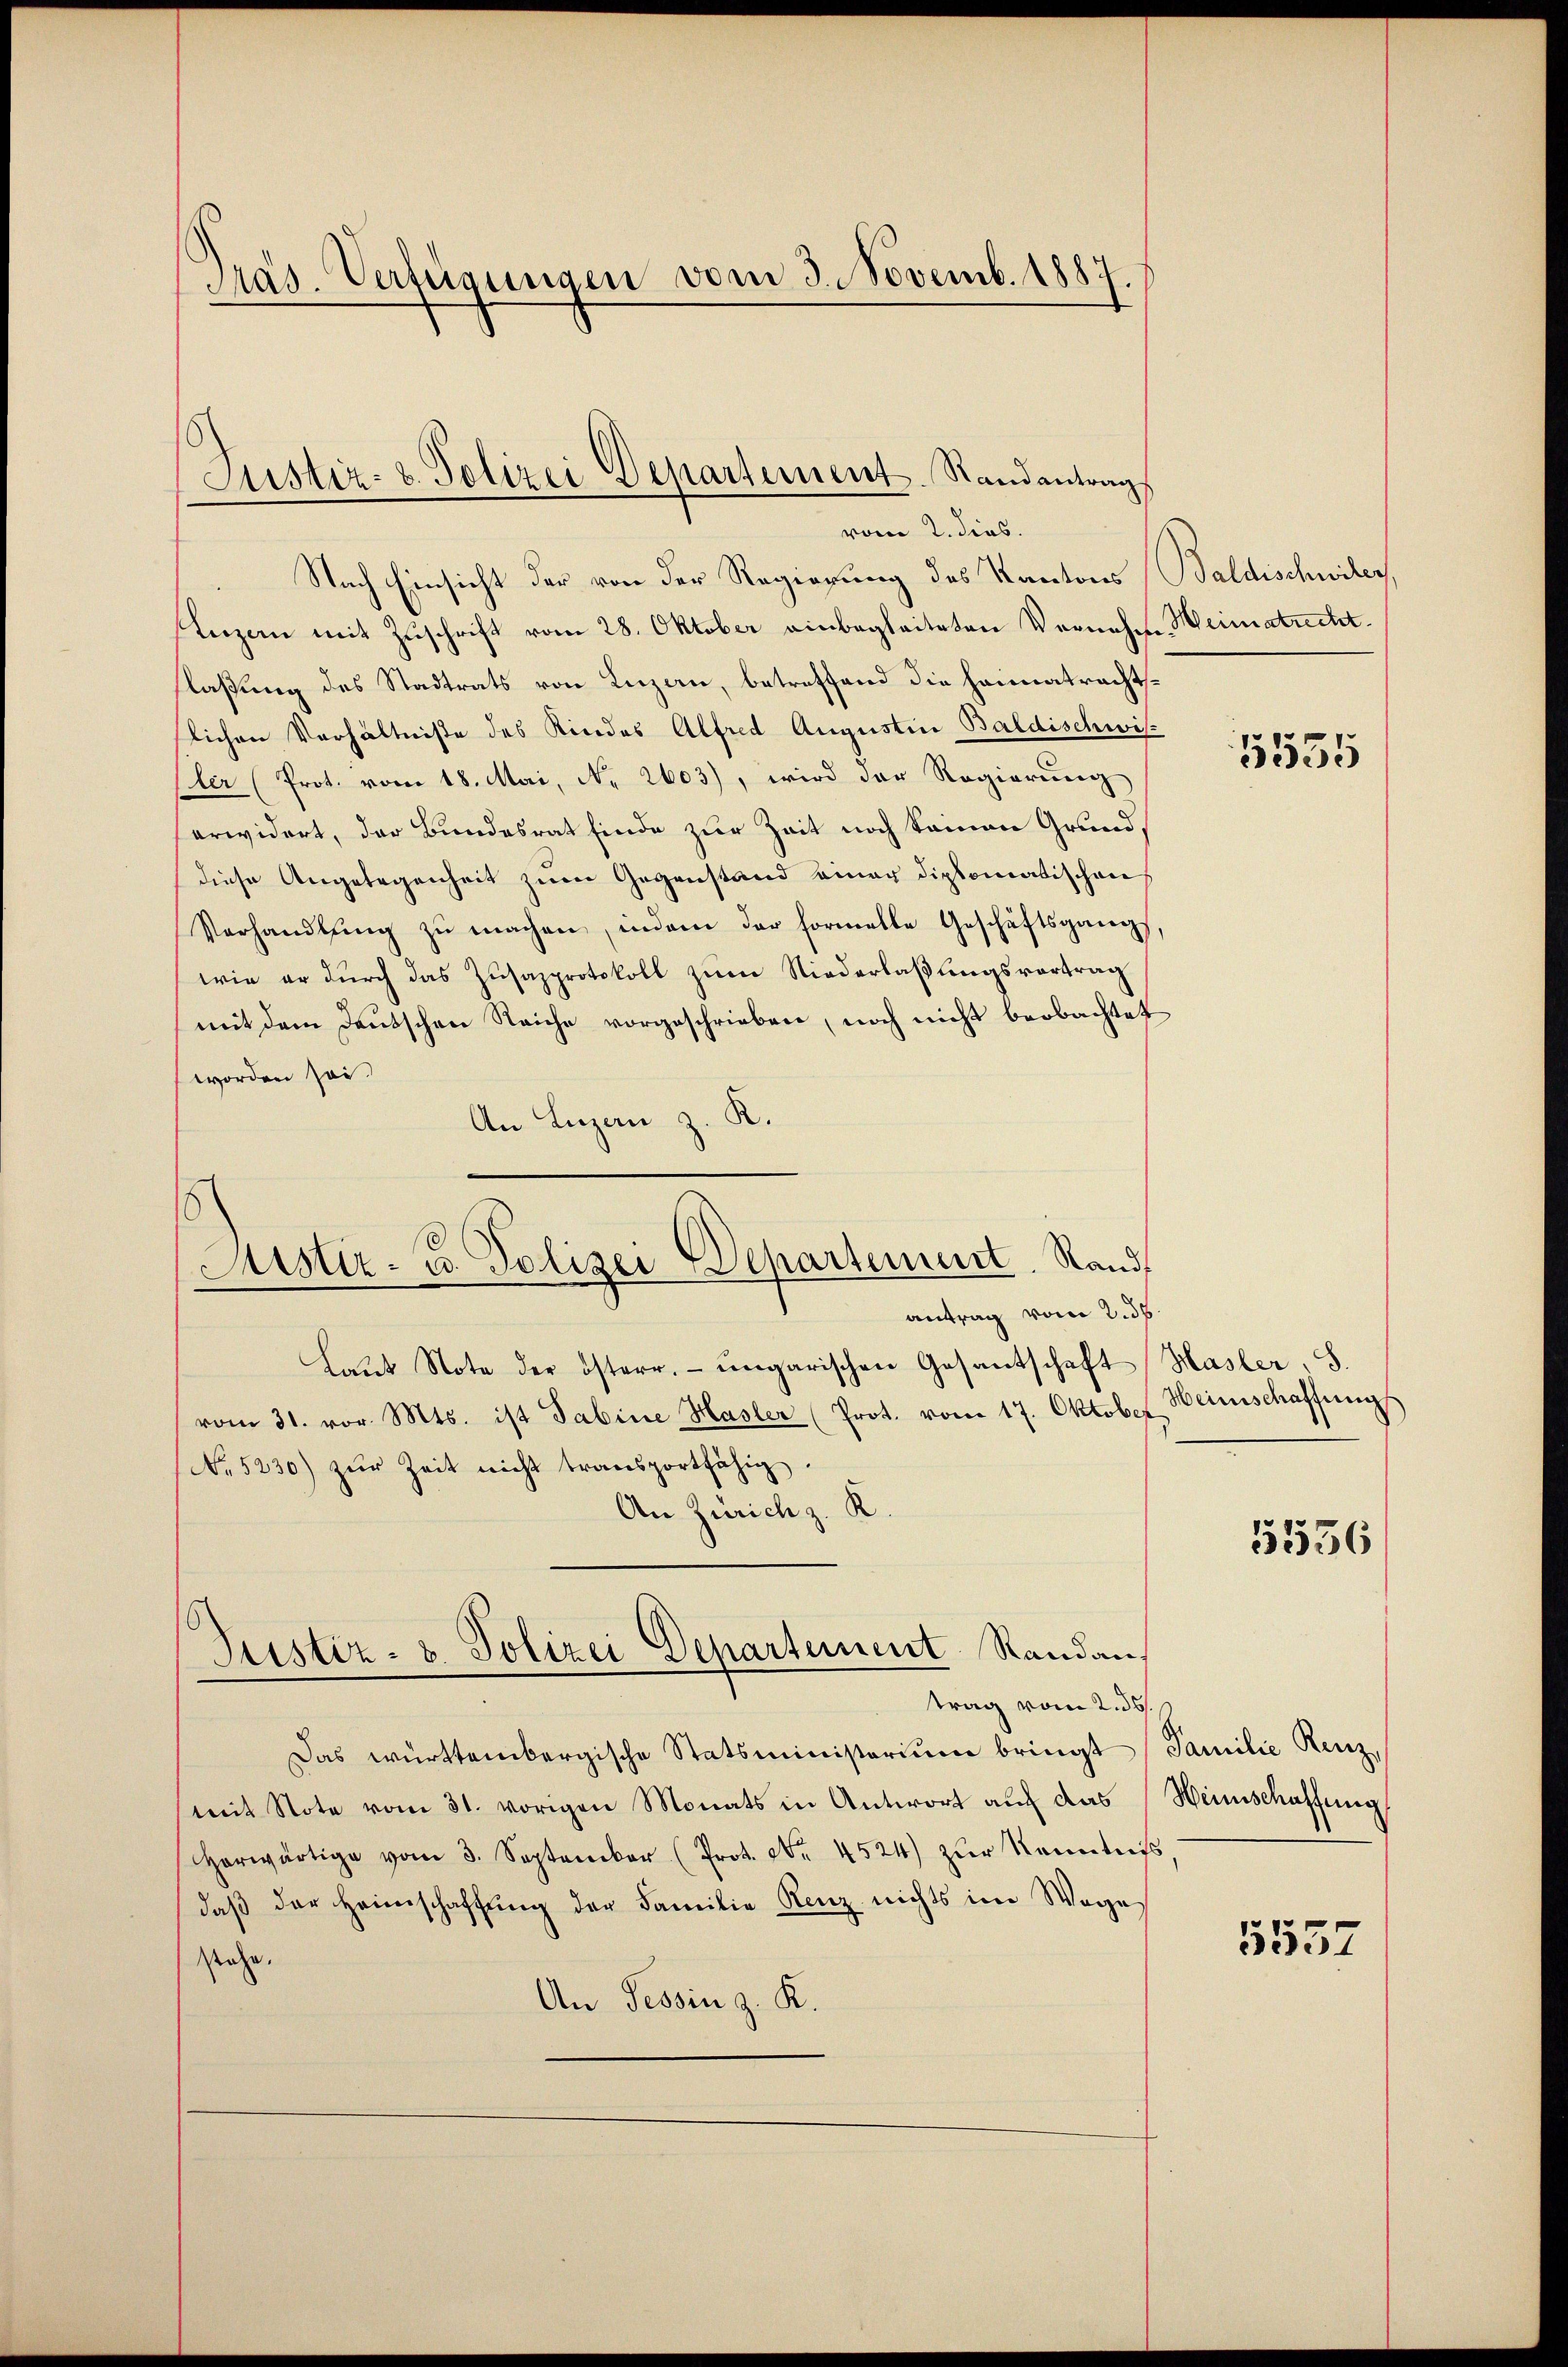
Pras. Verfügungen vom 3. Novemb. 1887.

Justiz- & Polizei Departement. Standantrags
vom 2. dies.

Sistir- u. Polizei Departement. Rand
antrag vom 2. ds.

Nach Einsicht der von der Regierung des Kantons
Luzern mit Zuschrift vom 28. Oktober einbegleiteten Vernehm Heimatrechtslaßung des Stadtrats von Luzern, betreffend die Heimatrechtsslichen Verhältnisse des Kindes Alfred Augustin Baldischwis
ler (Prot. vom 18. Mai, No 2603), wird der Regierung
erwidert, der Bundesrat finde zur Zeit noch keinen Grund
diese Angelegenheit zum Gegenstand einer diplomatischen
Verhandlŭng zŭ machen, indem der formelle Geschäftsgang,
wie er durch das Zusazprotokoll zum Niederlaßungsvortrag
mit dem Deutschen Reiche vorgeschrieben, noch nicht beobachtet
worden sei.
An Luzern z. K.
Laŭt Note der österr. ungarischen Gesantschaft
vom 31. vor. Mts. ist Sabine Hasler (Prot. vom 17. Oktober
No 5230) zŭr Zeit nicht transportfähig.
An Zürich z. K
Justiz- & Polizei Departement Standan
trag vom 2. 35.
Das württembergische Statsministerium bringt
mit Note vom 31. vorigen Monats in Antwort auch das
Horwärtige vom 3. September (Prot. Nr. 4524) zŭr Kenntni
daβ der Heimschaffŭng der Familie Renz nichts im Wage
stehe.
An Tessin z. K.

Baldischwiler

5535

Hasler S.
Heinschaffungs

5536

Familie Kenz,
Heinschaffung,

5557